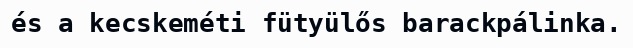
és a kecskeméti fütyülős barackpálinka.